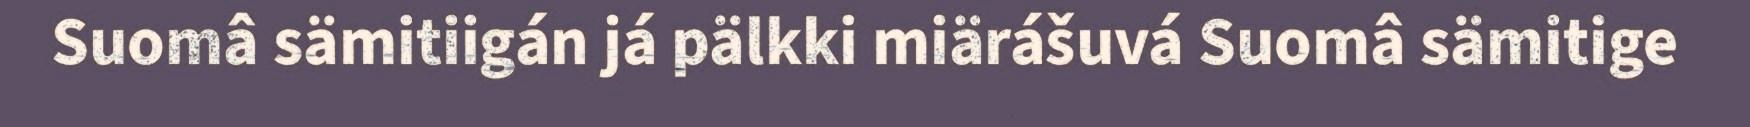
Suomâ sämitiigán já pälkki miärášuvá Suomâ sämitige